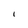
Character: I